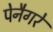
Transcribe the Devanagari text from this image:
पेनैगरे